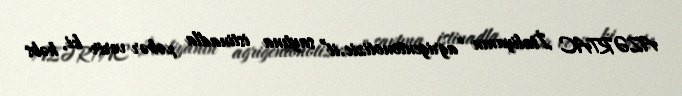
AZƏRTAC İtaliyanın “agrigentonotizie.it” saytına istinadla xəbər verir ki, həbs